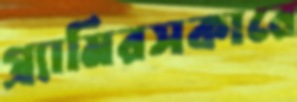
গ্র্যামিরসকারে